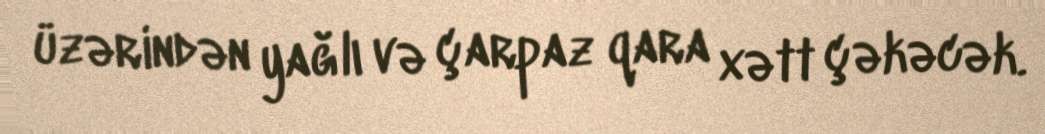
üzərindən yağlı və çarpaz qara xətt çəkəcək.